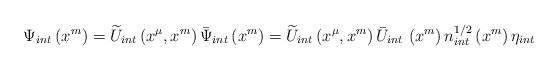
LaTeX: \begin{align*}\hspace{-1.5cm}\Psi _{int}\left( x^{m}\right) =\widetilde{U}_{int}\left( x^{\mu},x^{m}\right) \bar{\Psi }_{int}\left( x^{m}\right) =\widetilde{U}_{int}\left( x^{\mu },x^{m}\right) \bar{U}_{int}\,\left( x^{m}\right)n_{int}^{1/2}\left( x^{m}\right) \eta _{int}\end{align*}